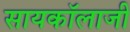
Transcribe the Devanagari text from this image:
सायकॉलाजी